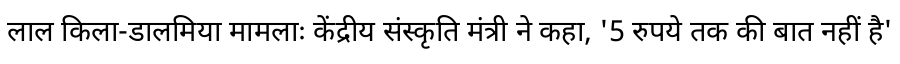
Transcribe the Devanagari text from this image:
लाल किला-डालमिया मामलाः केंद्रीय संस्कृति मंत्री ने कहा, '5 रुपये तक की बात नहीं है'